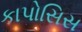
કાપોસિસ